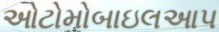
ઓટોમોબાઇલઆપ